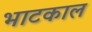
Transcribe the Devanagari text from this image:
भाटकाल